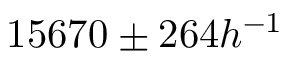
1 5 6 7 0 \pm 2 6 4 h ^ { - 1 }